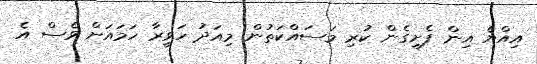
އިއްޔެ އިން ފެށިގެން ކުރި މަސައްކަތުން މިއަދު ހަވީރާ ހަމައަށް ވެސް އެ